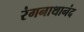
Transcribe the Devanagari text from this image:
रंगनाथानंद